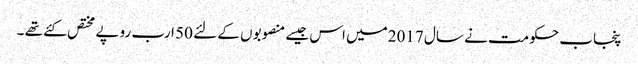
پنجاب حکومت نے سال 2017میں اس جیسے منصوبوں کے لئے 50 ارب روپے مختص کئے تھے ۔